system: You are a helpful assistant.
user:
Analyze the provided spectrum to determine if it is a **White Dwarf (WD)**.

A White Dwarf spectrum is defined by its **extreme purity** (due to gravitational settling) and/or **extreme pressure broadening** (due to high surface gravity). You must check for one of the following mutually exclusive signatures:

- **Key Visual Indicators (Check for ONE of these types):**

    - **1. DA-Type Signature (Most Common):**
        - **(Primary Feature):** Extreme pressure broadening (Stark broadening) of the **Hydrogen (H) Balmer lines**.
        - **(Key Lines):** $H\beta$ (approx. $4861$ Å) and $H\gamma$ (approx. $4340$ Å). $H\alpha$ (approx. $6563$ Å) will also be present if the wavelength range covers it.
        - **(Line Profile):** This is the **defining feature**. The lines are **NOT** sharp. They appear as massive, **extremely broad and deep "troughs" or "dips"** in the spectrum, often hundreds of Ångströms wide. The continuum will appear to "scoop" down at these wavelengths.
        - **(Distinction):** Normal A-type or B-type stars have *narrow* and *sharp* Hydrogen lines. A DA White Dwarf's lines are unmistakably "smeared" or "blurry" from pressure.

    - **2. DB-Type Signature:**
        - **(Primary Feature):** Broad absorption lines from **Neutral Helium (He I)**. The spectrum must lack any visible Hydrogen lines.
        - **(Key Lines):** Look for broad absorption near $4471$ Å, $4921$ Å, and $5876$ Å.
        - **(Line Profile):** These lines are also significantly pressure-broadened, appearing much wider than they would in a normal B-type main-sequence star.

    - **3. DC-Type Signature:**
        - **(Primary Feature):** A **featureless continuous spectrum**.
        - **(Line Profile):** The spectrum is a smooth curve with **no significant absorption or emission lines**.
        - **(Key Confirmation):** The continuum is almost always **blue or white**, indicating a hot object. This signature implies the atmosphere is so pure (or so cool) that no spectral lines are visible in the optical range. Its WD identity is confirmed by its extremely low intrinsic brightness (high absolute magnitude).

    - **4. DZ-Type Signature (Metal-Polluted):**
        - **(Primary Feature):** **Isolated, narrow metal absorption lines** on an otherwise featureless (DC-like) continuum.
        - **(Key Lines):** The **Calcium (Ca II) H & K doublet** (approx. **$3934$ Å** and **$3968$ Å**) is the most common and defining feature.
        - **(Line Profile):** These lines are "out of place." They are *not* part of a "forest" of thousands of lines. This signature is evidence of recent *accretion* (pollution) from rocky debris.
        - **(Distinction):** Normal G/K/M stars have a *dense forest* of thousands of metal lines. A DZ has a *clean* continuum with *only a few* strong metal lines.

    - **5. DQ-Type Signature (Carbon-Polluted):**
        - **(Primary Feature):** Absorption bands from **Carbon (C₂ "Swan Bands" or atomic C I)**.
        - **(Key Lines - C₂):** Look for bandheads with a "saw-tooth" shape near $5635$ Å, **$5165$ Å** (strongest), and $4737$ Å.
        - **(Key Confirmation):** The underlying **continuum must be blue or white** (hot).
        - **(Distinction):** This is the critical difference from a **Carbon Star**, which has the *exact same* C₂ bands but on an extremely **red, cool** continuum.

- **(Overall Spectrum):**
    - The continuum (overall shape) is typically **blue-sloping** (brighter in the blue than the red), as most white dwarfs are very hot.
    - The spectrum will look "pure" or "simple," dominated by only *one* of the five signatures listed above.

Think first, call **spectral_visualization_tool** if needed to examine features in detail, then provide your final answer. Your response must adhere to the following strict rules:
1.  **Overall Structure:** Your response must follow the format `<think>...</think> <tool_call>...</tool_call> (if a tool is used) <answer>...</answer>`.
2.  **Tool Usage Constraint:** You may only make **one** tool call per turn.
3.  **Final Answer Format:** In the `<answer>` tag, your conclusion must be inside a `\boxed{}` command (e.g., `\boxed{YES}` or `\boxed{NO}`), followed by your justification.

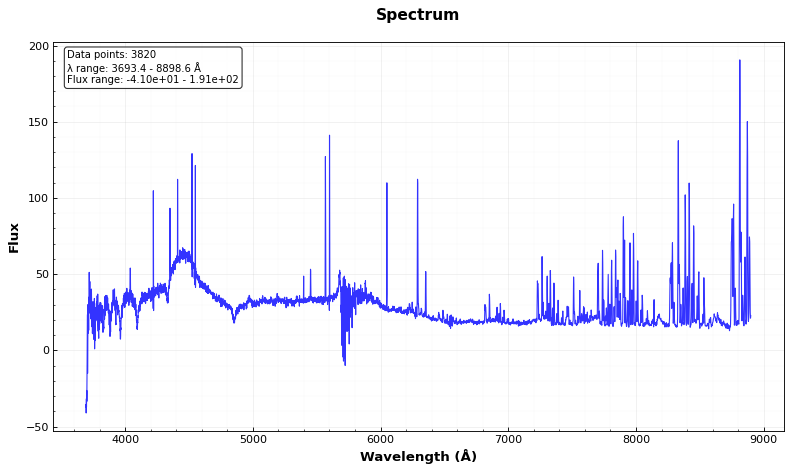
Answer: YES